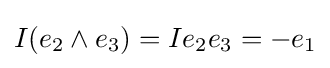
I(e_{2}\wedge e_{3})=Ie_{2}e_{3}=-e_{1}